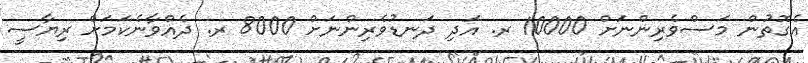
އެގޮތުން މަސްވެރިންނަށް 10000 ރ. އަދި ދަނޑުވެރިންނަށް 8000 ރ. ދެއްވާނެކަމަށް ރިޔާސީ